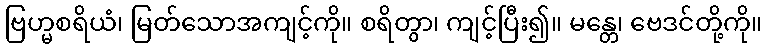
ဗြဟ္မစရိယံ၊ မြတ်သောအကျင့်ကို။ စရိတွာ၊ ကျင့်ပြီး၍။ မန္တေ၊ ဗေဒင်တို့ကို။